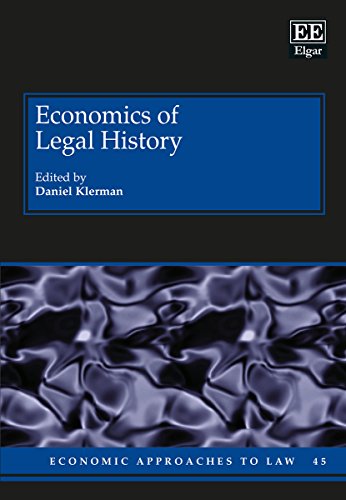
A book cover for Economics of Legal History (Economic Approaches to Law series, #45); Daniel Klerman; Law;